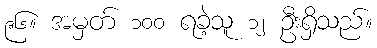
၉၆။ အမှတ် ၁၀၀ ရခဲ့သူ ၁၂ ဦးရှိသည်။